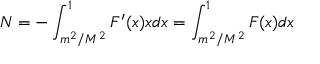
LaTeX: N = - \int _ { m ^ { 2 } / M ^ { 2 } } ^ { 1 } F ^ { \prime } ( x ) x d x = \int _ { m ^ { 2 } / M ^ { 2 } } ^ { 1 } F ( x ) d x